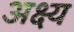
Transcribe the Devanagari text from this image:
अक्ष्य